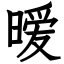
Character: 暧